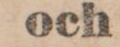
och